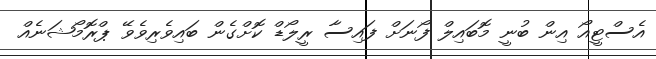
އެސްޓީއޯ އިން ބުނީ މޮބައިލް ފޯނަށް ފައިސާ ރީލޯޑް ކޮށްގެން ބައިވެރިވެވޭ ޕްރޮމޯޝަނެއް